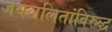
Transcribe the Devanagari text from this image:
जयललितांविरुद्ध